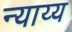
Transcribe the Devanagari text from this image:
न्‍याय्य